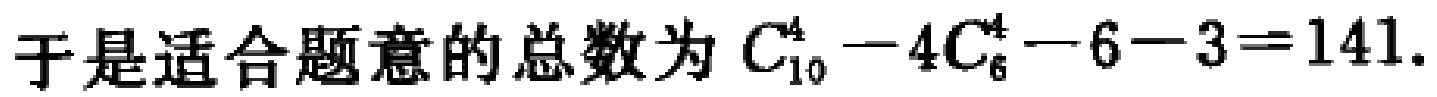
于是适合题意的总数为 \(C_{10}^4 - 4C_{6}^4 - 6 - 3 = 141\).